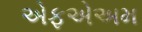
એફએઅમ